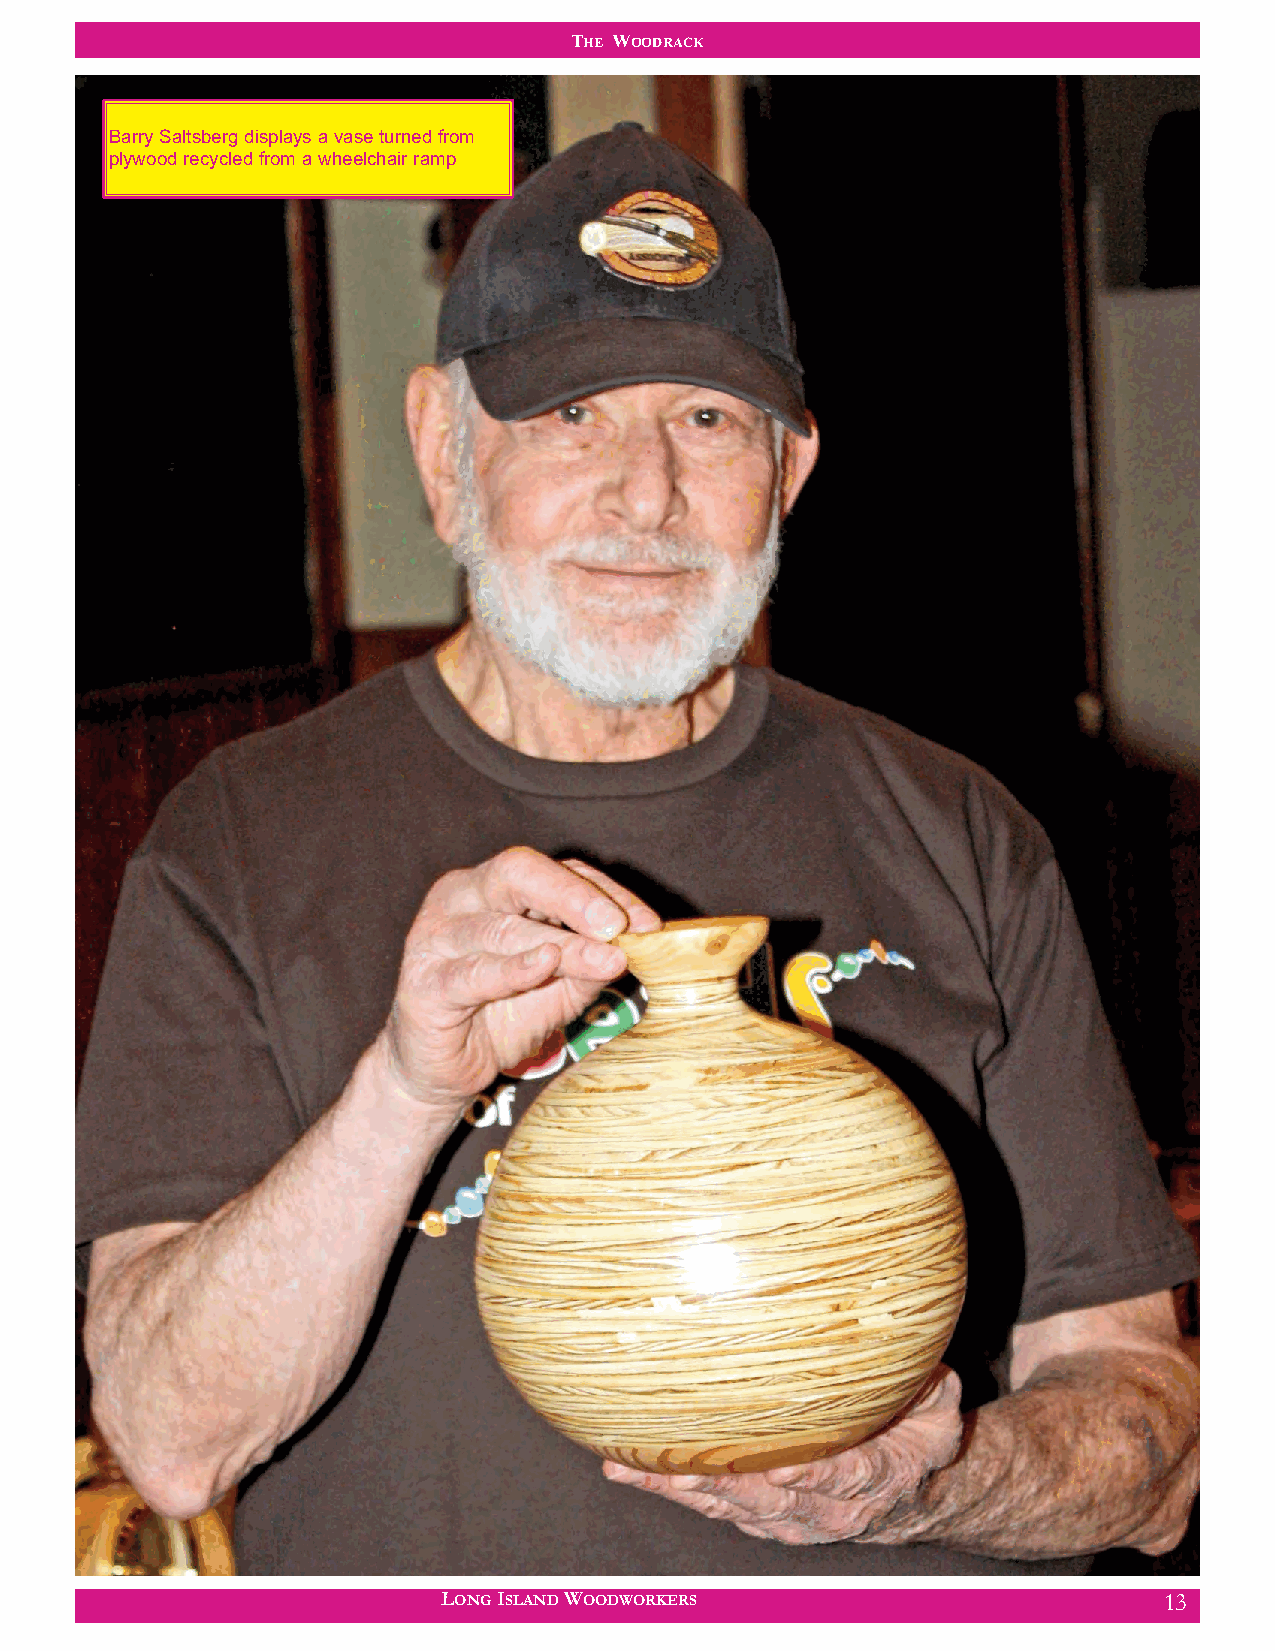
THE WOODRACK
 Barry Saltsberg displays a vase turned from
 plywood recycled from a wheelchair ramp
 LONG ISLAND WOODWORKERS                         13